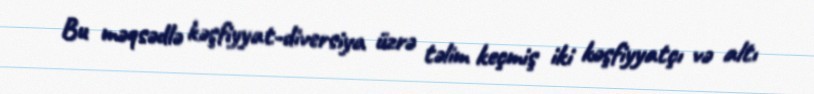
Bu məqsədlə kəşfiyyat-diversiya üzrə təlim keçmiş iki kəşfiyyatçı və altı